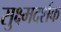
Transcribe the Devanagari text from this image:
सुक्ष्मदर्शक